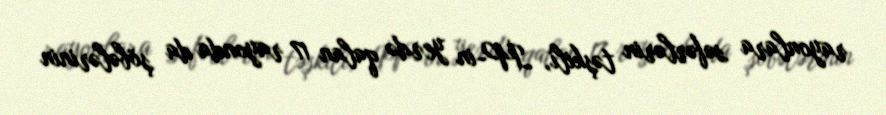
rayonlara səfərlərin təşkili, İP-in yerdə qalan 17 rayonda da şöbələrinin